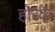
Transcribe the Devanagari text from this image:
होरके